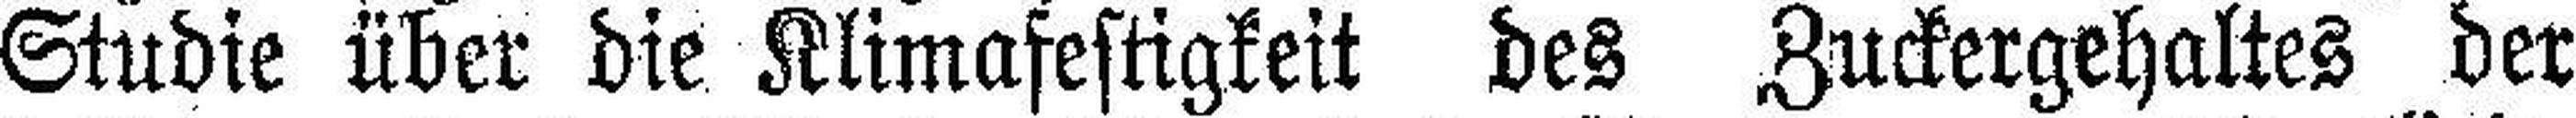
Studie über die Klimafestigkeit des Zuckergehaltes der